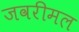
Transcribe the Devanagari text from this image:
जवरीमल